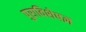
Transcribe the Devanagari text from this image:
पुराविशेषज्ञ